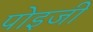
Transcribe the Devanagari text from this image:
पोइजी